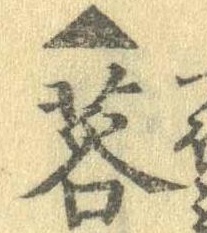
▲蕾